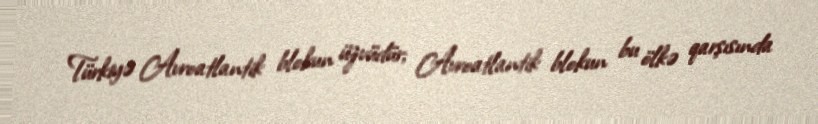
Türkiyə Avroatlantik blokun üzvüdür; Avroatlantik blokun bu ölkə qarşısında